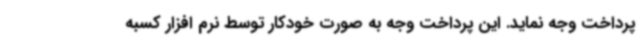
پرداخت وجه نماید. این پرداخت وجه به صورت خودکار توسط نرم افزار کسبه